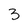
Character: 3